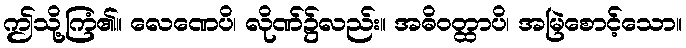
ဤသို့ကြံ၏။ လေဏေပိ၊ လိုဏ်၌လည်း။ အဓိဝတ္ထာပိ၊ အမြဲစောင့်သော။